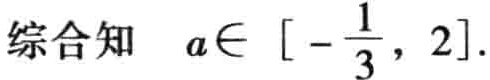
综合知 \(a\in \left[-\frac{1}{3},2\right]\).